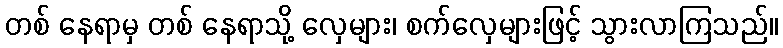
တစ် နေရာမှ တစ် နေရာသို့ လှေများ၊ စက်လှေများဖြင့် သွားလာကြသည်။